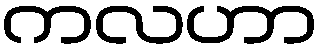
ကလဟာ